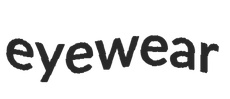
eyewear